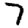
Digit: 7